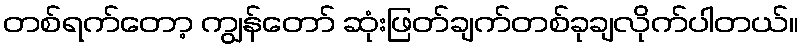
တစ်ရက်တော့ ကျွန်တော် ဆုံးဖြတ်ချက်တစ်ခုချလိုက်ပါတယ်။